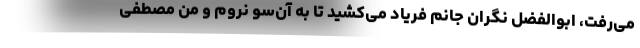
می‌رفت، ابوالفضل نگران جانم فریاد می‌کشید تا به آن‌سو نروم و من مصطفی